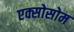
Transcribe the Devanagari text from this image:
एक्सोसोम